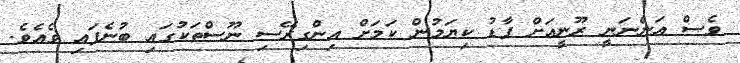
ވެސް އަންނަނީ ރޫނީއަށް ފާޑު ކިޔަމުން ކަމަށް އިންގިރޭސި ނޫސްތަކުގައި ބުނެފައި ވެއެވެ.